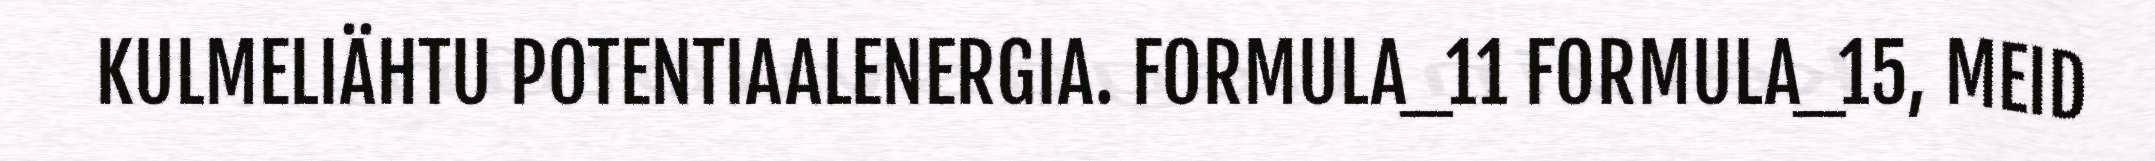
KULMELIÄHTU POTENTIAALENERGIA. FORMULA_11 FORMULA_15, MEID